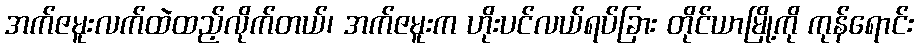
အက်ဇမူးလက်ထဲထည့်လိုက်တယ်၊ အက်ဇမူးက ဟိုးပင်လယ်ရပ်ခြား တိုင်ယာမြို့ကို ကုန်ရောင်း